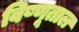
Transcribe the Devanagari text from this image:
विष्णूताल